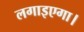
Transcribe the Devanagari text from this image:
लगाइएगा।